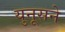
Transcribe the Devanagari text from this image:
युनूसने